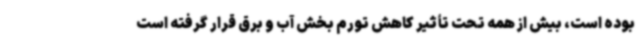
بوده است، بیش از همه تحت تأثیر کاهش تورم بخش آب و برق قرار گرفته است